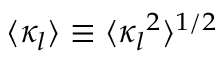
\langle \kappa _ { l } \rangle \equiv \langle \boldsymbol { \kappa _ { l } } ^ { 2 } \rangle ^ { 1 / 2 }